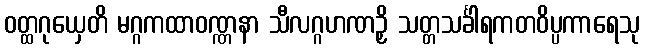
ဝတ္ထဂုယှေတိ မဂ္ဂကထာဝဏ္ဏနာ သီလဂ္ဂဟဏဉှိ သတ္တသင်္ခါရကတဝိပ္ပကာရေသု